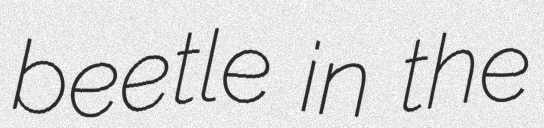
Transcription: beetle in the